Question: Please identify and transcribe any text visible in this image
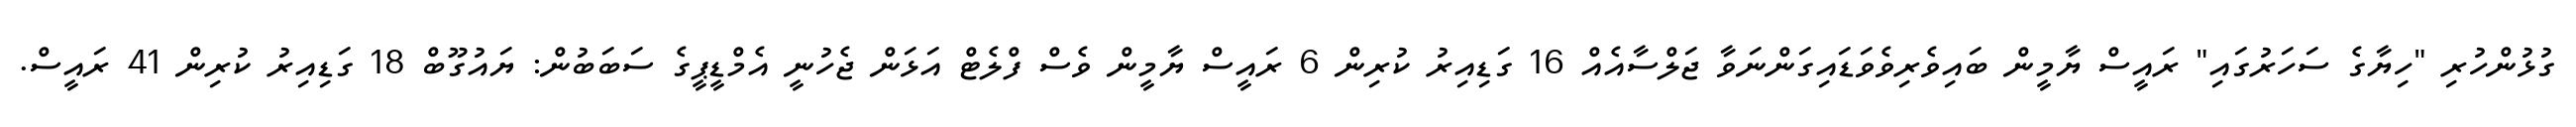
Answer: ގުޅުންހުރި "ހިޔާގެ ސަހަރުގައި" ރައީސް ޔާމީން ބައިވެރިވެވަޑައިގަންނަވާ ޖަލްސާއެއް 16 ގަޑިއިރު ކުރިން 6 ރައީސް ޔާމީން ވެސް ފްލެޓް އަޅަން ޖެހުނީ އެމްޑީޕީގެ ސަބަބުން: ޔައުގޫބް 18 ގަޑިއިރު ކުރިން 41 ރައީސް.